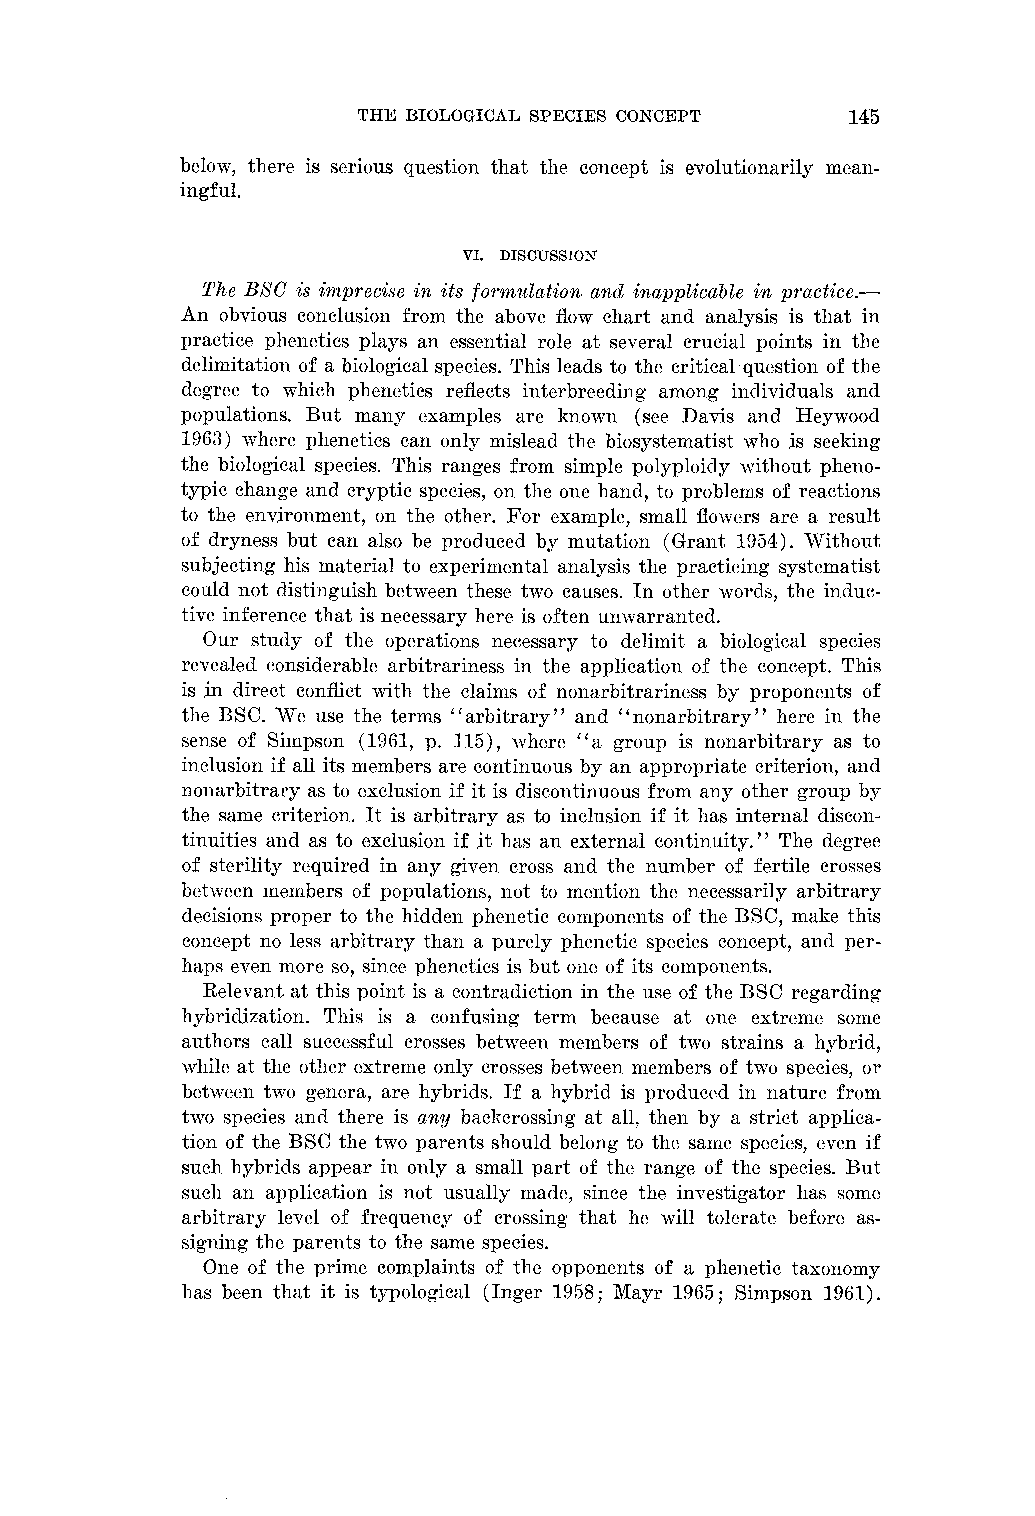
THE BIOLOGICAL SPECIES CONCEPT  145
 below, there is serious question that the concept is evolutionarily mean-
 ingful.
 VI. DISCUSSION
 The B8C is inzprecise in its formulation and inapplicable in practice.-
 An obvious conclusion from the above flow chart and analysis is that in
 practice phenetics plays an essential role at several crucial points in tlie
 delimitation of a biological species. This leads to the critical question of the
 degree to which phenetics reflects interbreeding among individuals and
 populations. But many examples are known (see Davis and Heywood
 1963) where phenetics can only mislead the biosystematist who is seeking
 the biological species. This ranges from simple polyploidy without pheno-
 typic change and cryptic species, on the one hand, to problems of reactions
 to the eiisrironment, on the other. For example, small flowers are a result
 of dryness but can also be produced by mutation (Grant 1954). TTithout
 subjecting his material to experimental analysis the practicing systematist
 could not distinguish between these two causes. In other words, the induc-
 tive inference that is necessary here is often unwarranted.
 Our study of the operations necessary to delimit a biological species
 revealed considerable arbitrariness in the application of the concept. This
 is in direct conflict with the claims of nonarbitrariness by proponents of
 the BSC. We use the terms "arbitrary" and "nonarbitrary" here in the
 sense of Simpson (1961, p. 115), vhere "a group is nonarbitrary as to
 inclusion if all its members are continuous by an appropriate criterion, and
 nonarbitrary as to exclusion if it is discontinuous from ally other group by
 the same criterion. It is arbitrary as to inclusion if it has internal discon-
 tinuities and as to exclusion if it has an external continuity." The degree
 of sterility required in any given cross and the number of fertile crosses
 betxeen members of populations, not to mention the necessarily arbitrary
 decisions proper to the hidden phenetic components of the BSC, make this
 concept no less arbitrary than a purely phenetic species concept, and per-
 haps even more so, since phenetics is but one of its components.
 Relevant at this point is a contradiction in the use of the BSC regarding
 hybridization. This is a confusing term because at one extreme some
 authors call successful crosses between members of two strains a hybrid,
 while at the other extreme only crosses between members of two species, or
 between two genera, are hybrids. If a hybrid is produced in nature from
 two species and there is any baclicrossing at all, then by a strict applica-
 tion of the BSC the two parents should belong to the same species, even if
 such hybrids appear in only a small part of the range of the species. But
 such an application is not usually made, since the investigator has some
 arbitrary level of frequency of crossing that he will tolerate before as-
 signing the parents to the same species.
 One of the prime complaints of the opponents of a phenetic taxonomy
 has been that it is typological (Inger 1958; Mayr 1965; Simpsoll 1961).